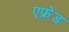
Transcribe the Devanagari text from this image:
एफ्रेड